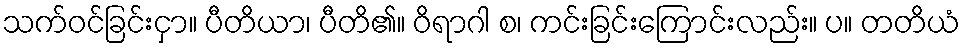
သက်ဝင်ခြင်းငှာ။ ပီတိယာ၊ ပီတိ၏။ ဝိရာဂါ စ၊ ကင်းခြင်းကြောင်းလည်း။ ပ။ တတိယံ